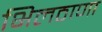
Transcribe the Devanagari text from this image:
भिलठाणा